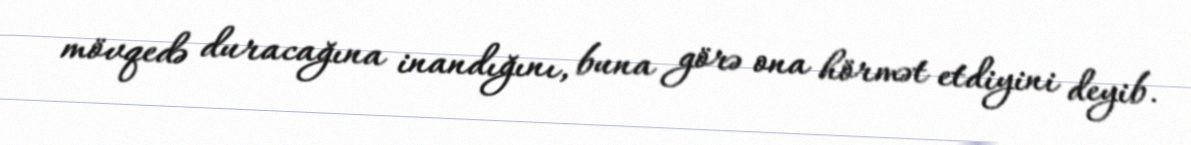
mövqedə duracağına inandığını, buna görə ona hörmət etdiyini deyib.